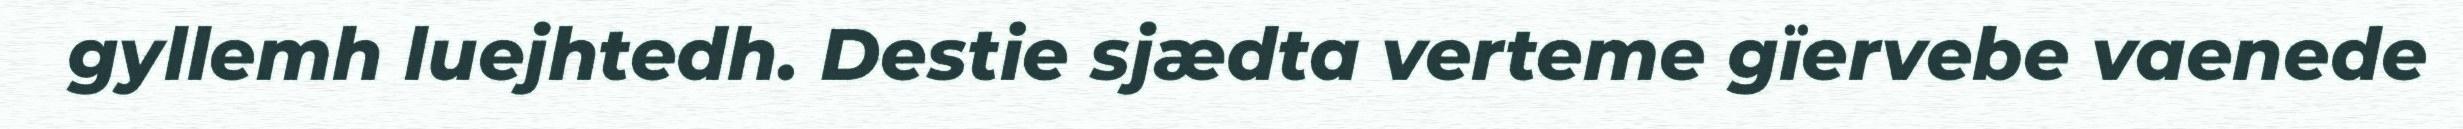
gyllemh luejhtedh. Destie sjædta verteme gïervebe vaenede